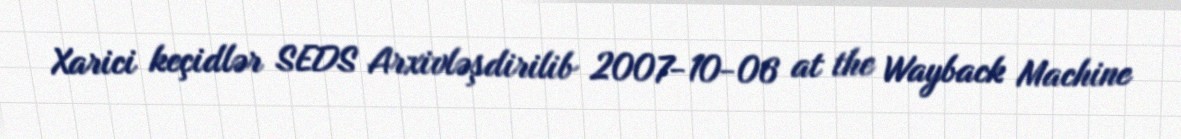
Xarici keçidlər SEDS Arxivləşdirilib 2007-10-06 at the Wayback Machine